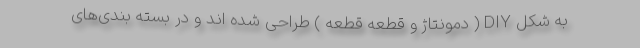
به شکل DIY ( دمونتاژ و قطعه قطعه ) طراحی شده اند و در بسته بندی‌های